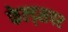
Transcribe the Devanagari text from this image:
फेल्ड्सपर